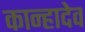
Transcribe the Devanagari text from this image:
कान्हादेव